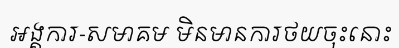
អង្គការ-សមាគម មិនមានការថយចុះនោះ